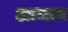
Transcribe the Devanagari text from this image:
आजान